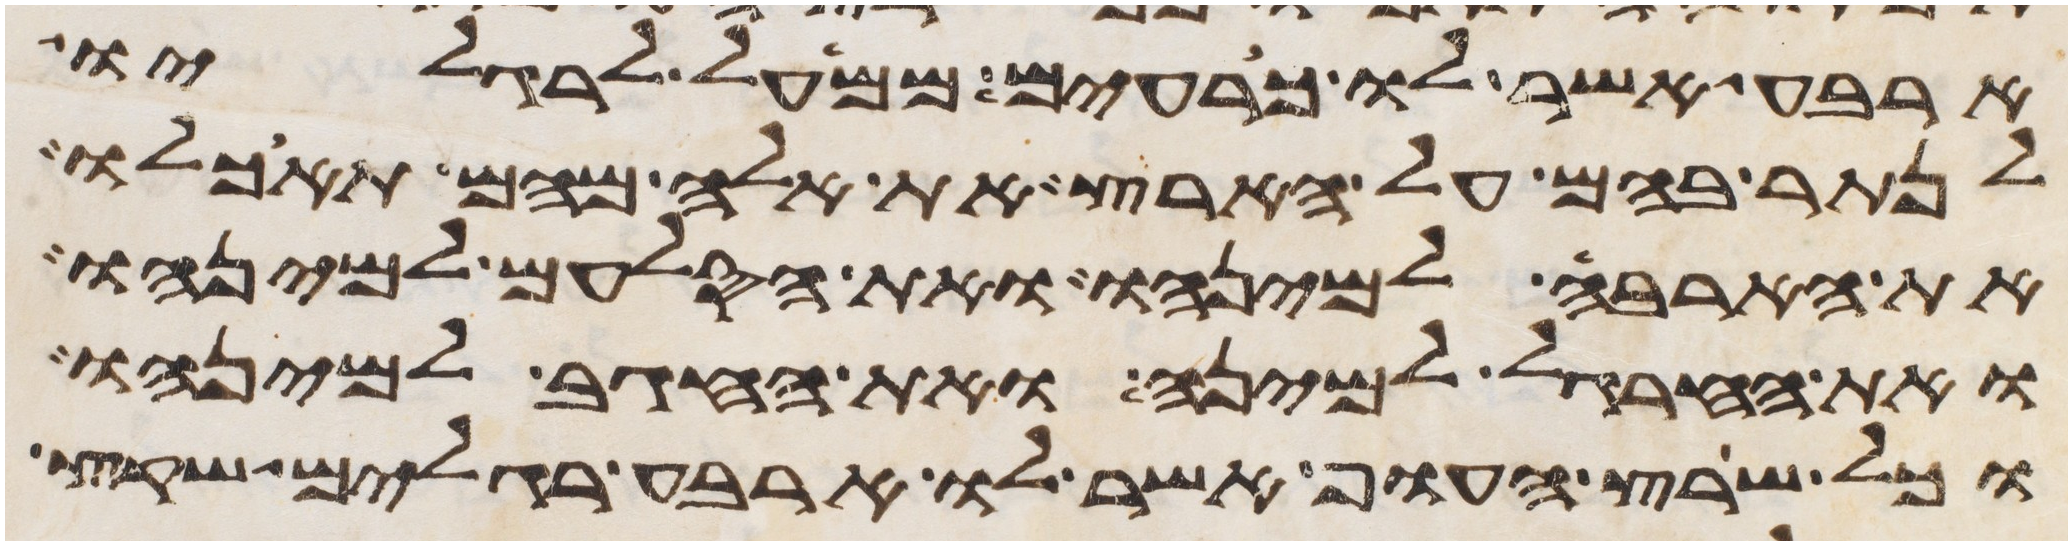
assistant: ארבע אשר לו כרעים ממעל לרגליו
לנתר בהם על הארץ את אלה מהם תאכלו
את הארבה למינהו ואת הסלעם למינהו
ואת החרגל למינה ואת החגב למינהו
וכל שרץ העוף אשר לו ארבע רגלים שקץ